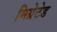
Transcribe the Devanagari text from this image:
मिग्रेटेड